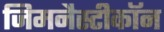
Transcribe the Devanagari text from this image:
जिमनैस्टीकॉन